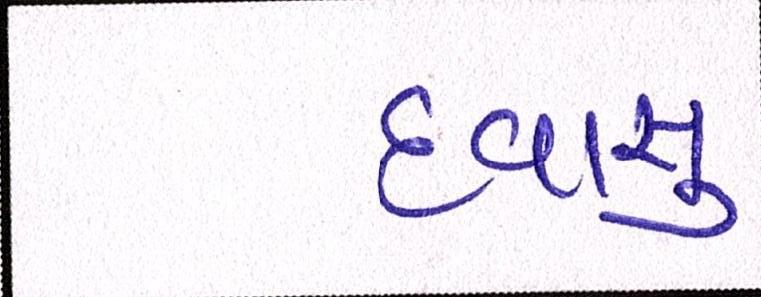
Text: દવાસુ